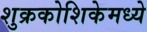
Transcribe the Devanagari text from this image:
शुक्रकोशिकेमध्ये